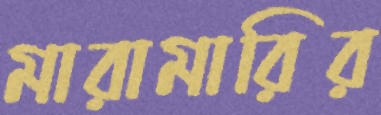
মারামারির